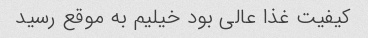
کیفیت غذا عالی بود خیلیم به موقع رسید